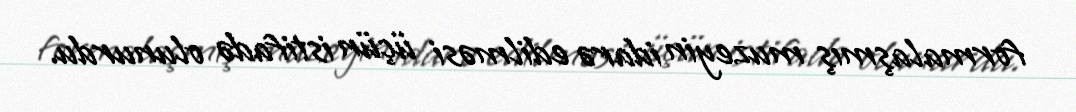
formalaşmış muzeyin idarə edilməsi üçün istifadə olunurdu.